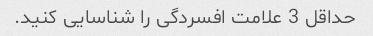
حداقل 3 علامت افسردگی را شناسایی کنید.